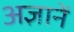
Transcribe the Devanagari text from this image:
अज्ञानें